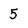
Character: 5